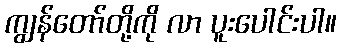
ကျွန်တော်တို့ကို လာ ပူးပေါင်းပါ။